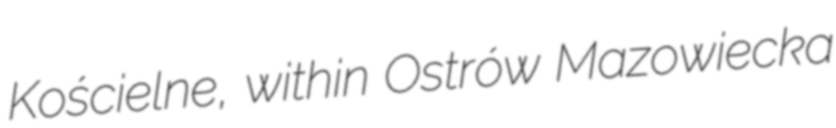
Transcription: Kościelne, within Ostrów Mazowiecka